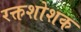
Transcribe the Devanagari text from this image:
रक्तशोशक